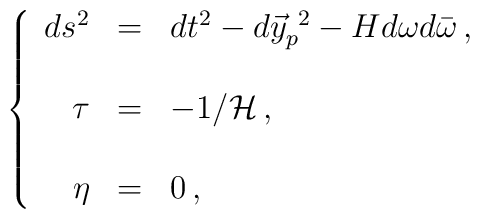
\left\{ \begin{array}{rcl}ds^{2} & = & dt^{2}-d\vec{y}_{p}^{\ 2} -Hd\omega d\bar{\omega}\, ,\\& & \\\tau & = & -1/{\cal H}\, ,\\& & \\\eta & = & 0\, ,\\\end{array}\right.